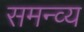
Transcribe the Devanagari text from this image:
समन्व्य